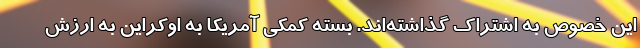
این خصوص به اشتراک گذاشته‌اند. بسته کمکی آمریکا به اوکراین به ارزش